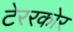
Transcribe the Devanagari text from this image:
टेररकोर